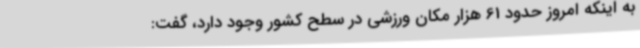
به اینکه امروز حدود 61 هزار مکان ورزشی در سطح کشور وجود دارد، گفت: